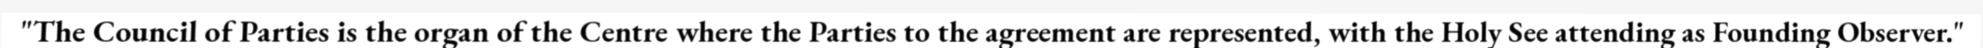
"The Council of Parties is the organ of the Centre where the Parties to the agreement are represented, with the Holy See attending as Founding Observer."